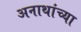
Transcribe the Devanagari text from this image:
अनाथांच्या